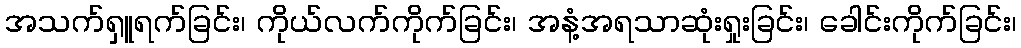
အသက်ရှူရက်ခြင်း၊ ကိုယ်လက်ကိုက်ခြင်း၊ အနံ့အရသာဆုံးရှုးခြင်း၊ ခေါင်းကိုက်ခြင်း၊